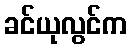
ခင်ယုလွင်က